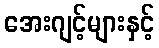
အေးဂျင့်များနှင့်